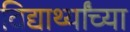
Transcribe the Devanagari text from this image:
विद्यार्थ्‍यांच्‍या